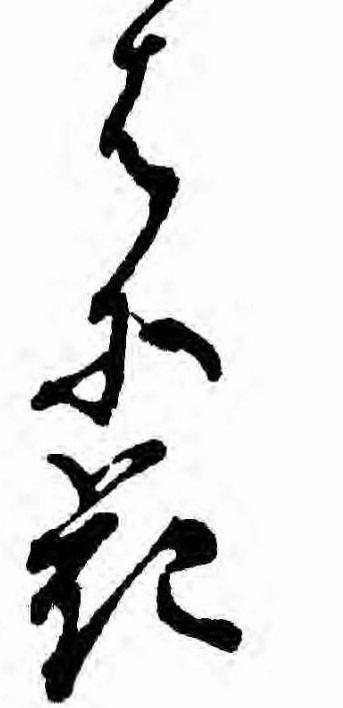
はに花